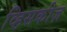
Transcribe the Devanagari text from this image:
व्हिसकीज़